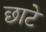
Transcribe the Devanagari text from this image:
छाटे